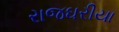
રાજઘરીયા